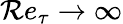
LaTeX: \mathcal{R}e_{\tau}\rightarrow\infty